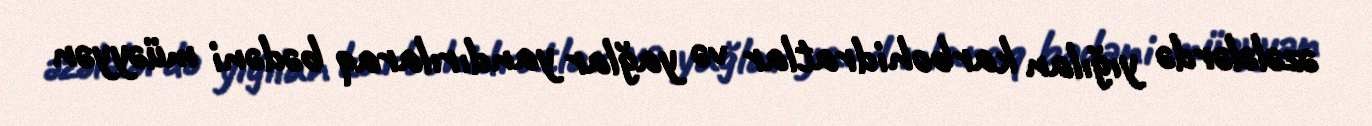
əzələlərdə yığılan karbohidratlar və yağlar yandırılaraq bədəni müəyyən